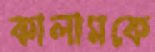
কালামকে